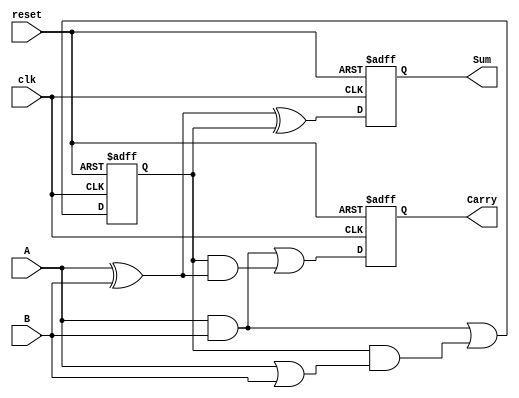
module SequentialHalfAdder (
    input wire clk,      // Clock input
    input wire reset,    // Asynchronous reset input
    input wire A,        // First single-bit input
    input wire B,        // Second single-bit input
    output reg Sum,      // Sum output
    output reg Carry     // Carry output
);

// State register to hold the previous carry value
reg prev_carry;

// Always block for sequential logic
always @(posedge clk or posedge reset) begin
    if (reset) begin
        // Asynchronous reset: initialize outputs and state
        Sum <= 1'b0;
        Carry <= 1'b0;
        prev_carry <= 1'b0;
    end else begin
        // Calculate the new Sum and Carry
        Sum <= A ^ B ^ prev_carry; // Sum is A XOR B XOR previous carry
        Carry <= (A & B) | (prev_carry & (A ^ B)); // Carry is A AND B OR (previous carry AND XOR of A and B)
        
        // Update the previous carry for the next clock cycle
        prev_carry <= (A & B) | (prev_carry & (A | B)); // Update previous carry
    end
end

endmodule